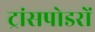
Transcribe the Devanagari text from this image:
ट्रांसपोडरों